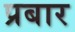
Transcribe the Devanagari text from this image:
प्रबार